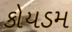
કોયડમ